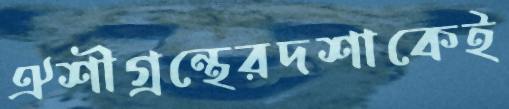
ঐশীগ্রন্থেরদশাকেই